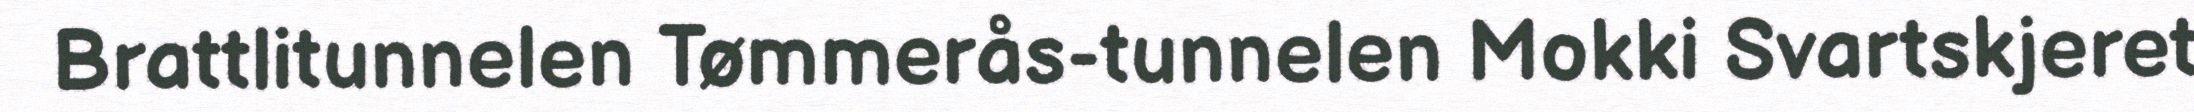
Brattlitunnelen Tømmerås-tunnelen Mokki Svartskjeret